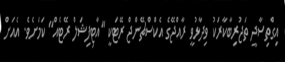
އިގްތިސާދީ ތަޖުރިބާކާރަކު ވިދާޅުވީ ރާއްޖޭގެ އެކްސްޗޭންޖް ރޭޓަކީ "އާޓިފިޝަލް ރޭޓެއް" ކަމަށެވެ. އެއަށް